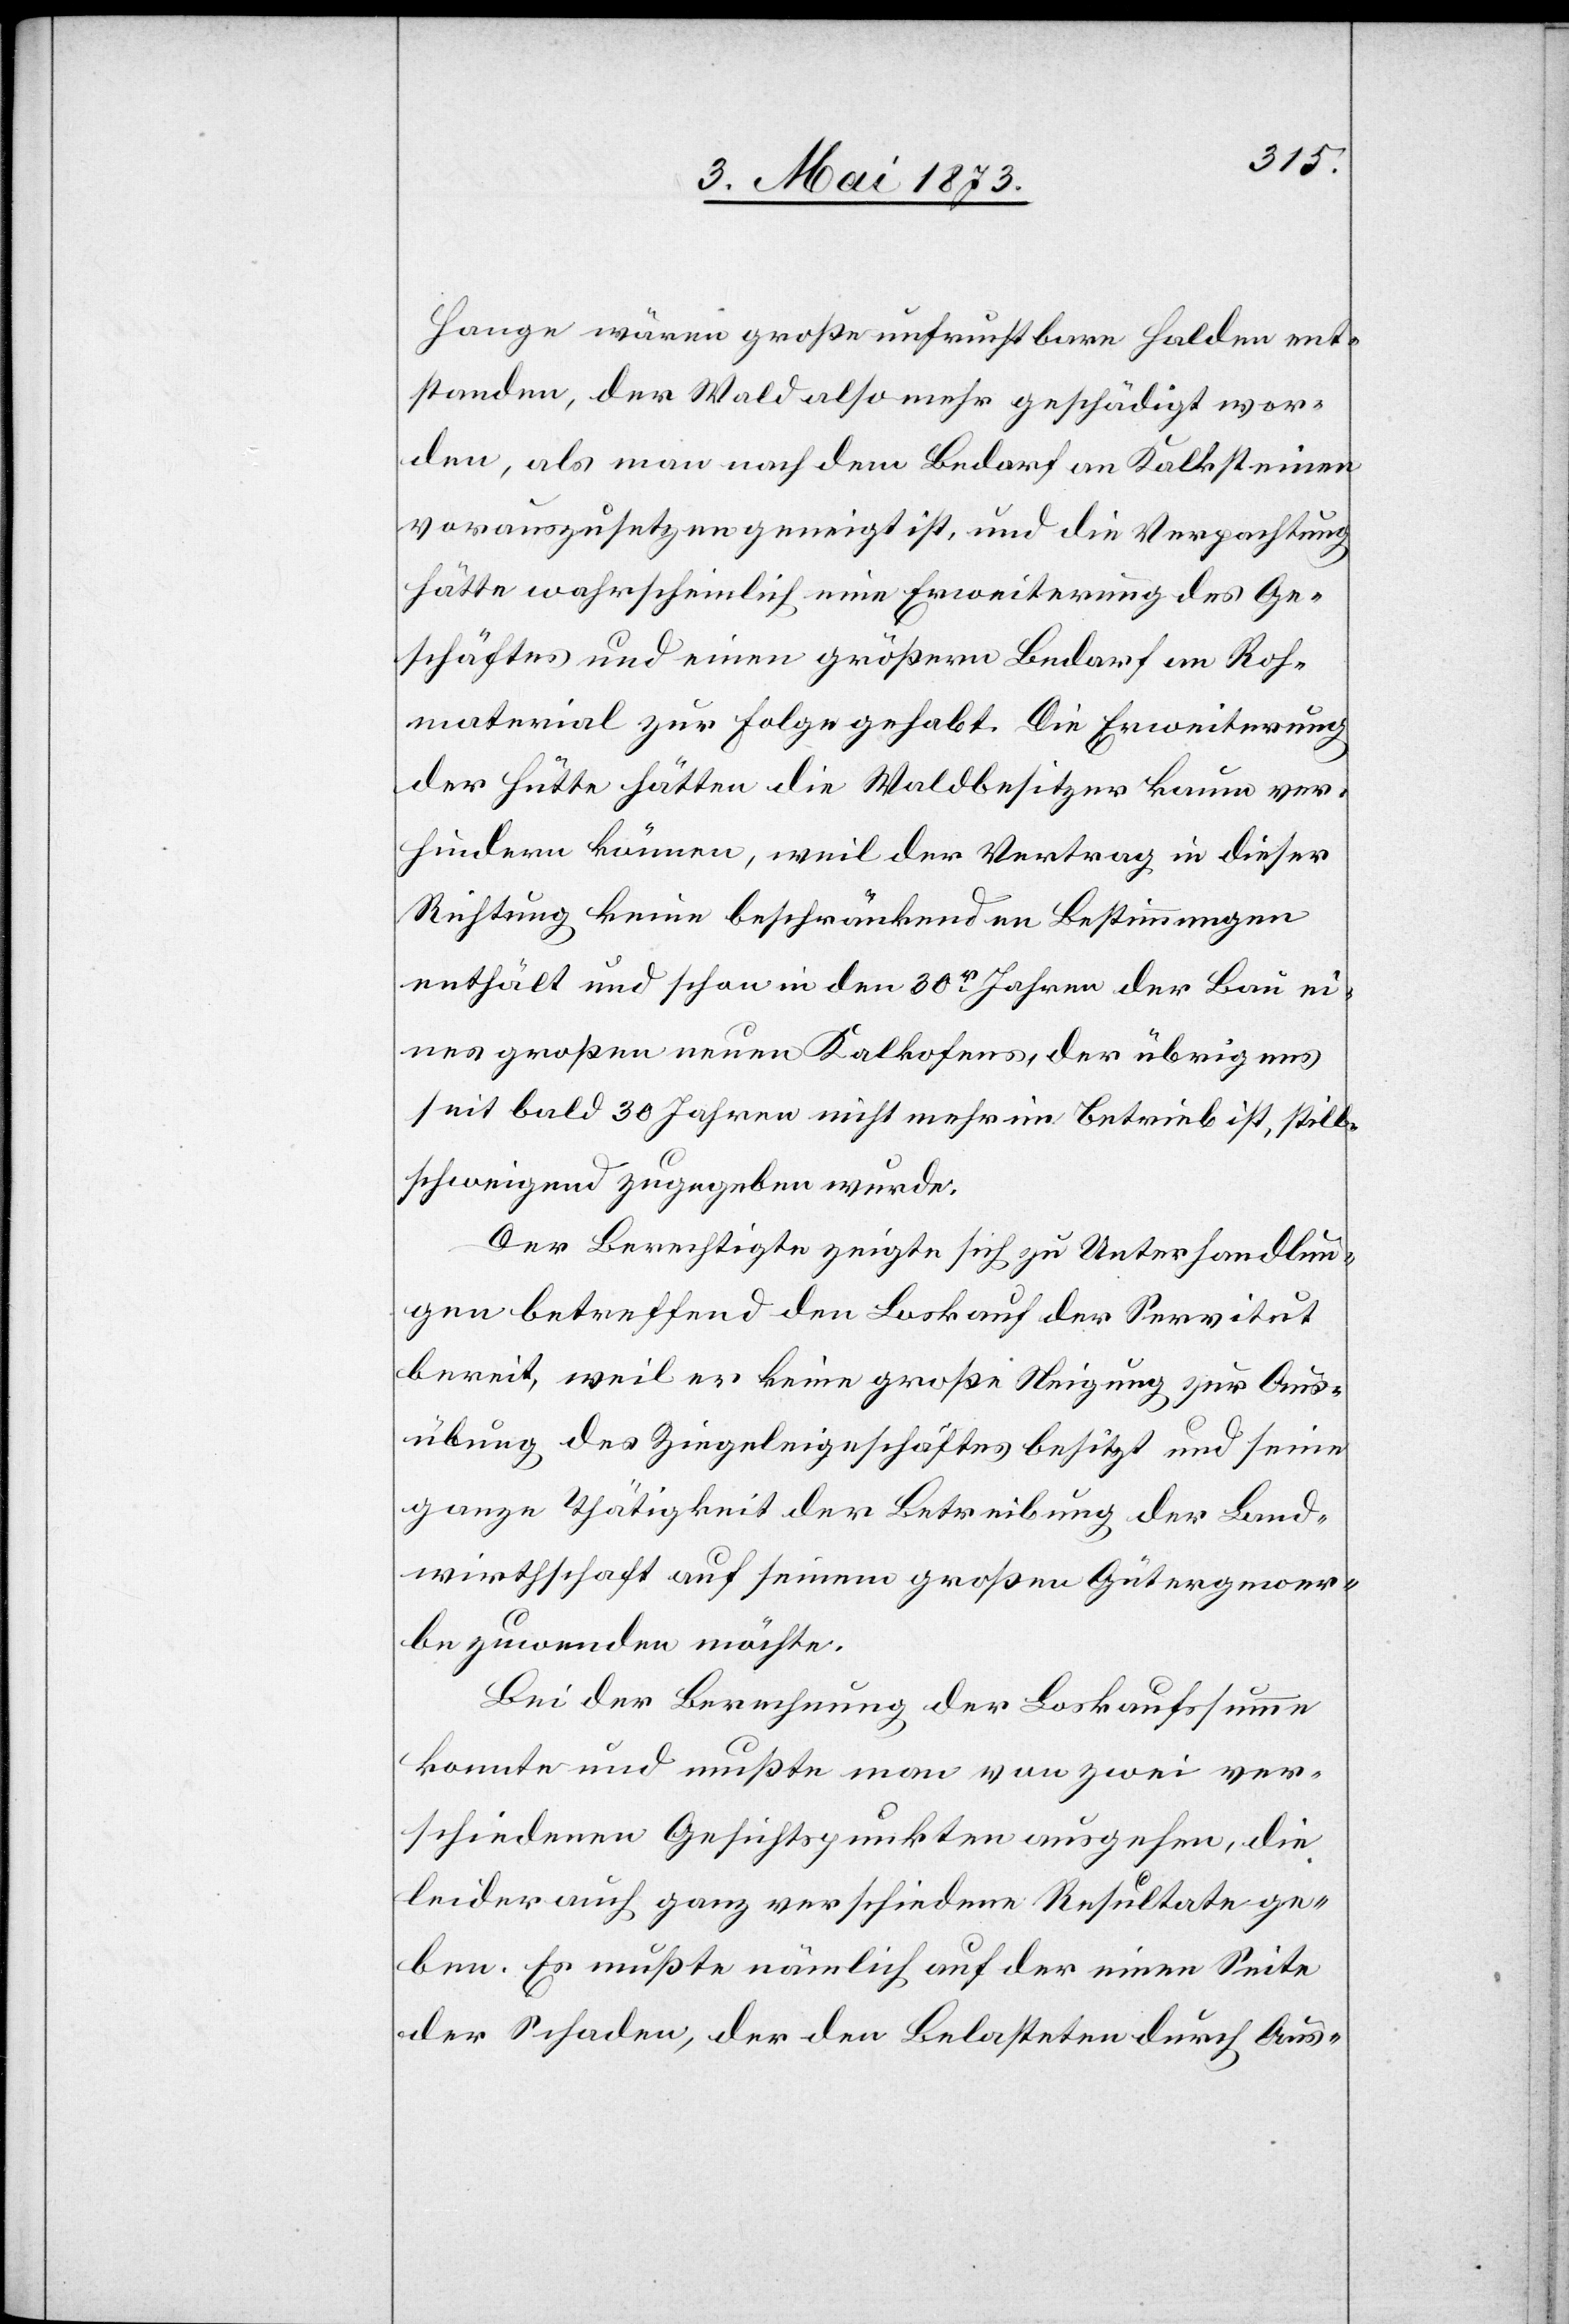
Hange wären große unfruchtbare Halden ent¬
standen, der Wald also mehr geschädigt wor¬
den, als man nach dem Bedarf an Kalksteinen
vorauszusetzen geneigt ist, und die Verpachtung
hätte wahrscheinlich eine Erweiterung des Ge¬
schäftes und einen größern Bedarf an Roh¬
material zur Folge gehabt. Die Erweiterung
der Hütte hätten die Waldbesitzer kaum ver¬
hindern können, weil der Vertrag in dieser
Richtung keine beschränkenden Bestimmungen
enthält und schon in den 30er Jahren der Bau ei¬
nes großen neuen Kalkofens, der übrigens
seit bald 30 Jahren nicht mehr im Betrieb ist, still¬
schweigend zugegeben wurde.
Der Berechtigte zeigte sich zu Unterhandlun¬
gen betreffend den Loskauf der Servitut
bereit, weil er keine große Neigung zur Aus¬
übung des Ziegeleigeschäftes besitzt und seine
ganze Thätigkeit der Betreibung der Land¬
wirthschaft auf seinem großen Gütergewer¬
be zuwenden möchte.
Bei der Berechnung der Loskaufssumme
konnte und mußte man von zwei ver¬
schiedenen Gesichtspunkten ausgehen, die
leider auch ganz verschiedene Resultate ge¬
ben. Es mußte nämlich auf der einen Seite
der Schaden, der den Belasteten durch Aus-